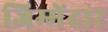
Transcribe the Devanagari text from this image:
जिम्मेंदार